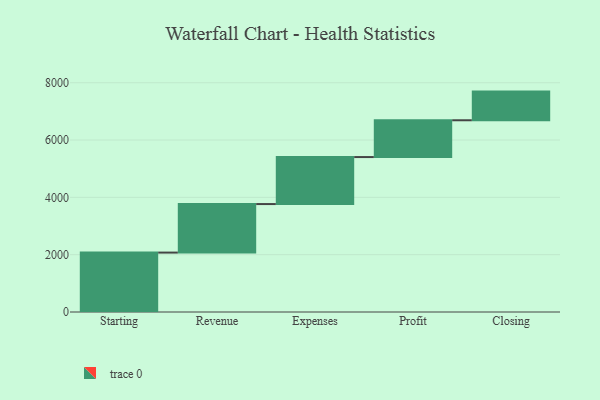
{"axis": {"x": "Step", "y": "Value"}, "legend": [""], "data": [{"x": "Starting", "y": 2073.0, "type": ""}, {"x": "Revenue", "y": 1693.0, "type": ""}, {"x": "Expenses", "y": 1640.0, "type": ""}, {"x": "Profit", "y": 1284.0, "type": ""}, {"x": "Closing", "y": 1000, "type": ""}]}